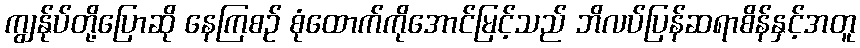
ကျွန်ုပ်တို့ပြောဆို နေကြစဉ် စုံထောက်ကိုအောင်မြင့်သည် ဘိလပ်ပြန်ဆရာစိန်နှင့်အတူ